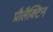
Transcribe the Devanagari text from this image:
प्रौलैक्टिन